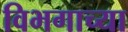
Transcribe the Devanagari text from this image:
विभगाच्या